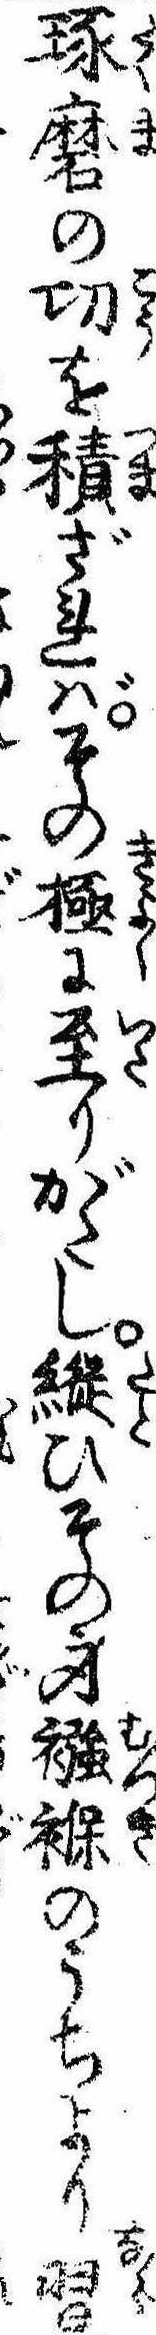
琢磨の㓛を積ざればその極に至りがたし縦ひその身襁褓のうちより習